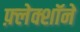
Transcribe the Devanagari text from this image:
फ़्लेक्शॉने